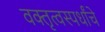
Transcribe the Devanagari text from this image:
वक्तृत्वस्पर्धांचे